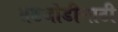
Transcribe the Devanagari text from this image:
तडजोडीसाठी